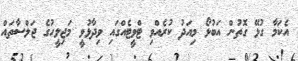
އެކަމާ ގުޅޭ ގޮތުން އަބުޅޯ މިއަދު ކުރެއްވި ޓްވީޓެއްގައި ވިދާޅުވީ މަޖިލީހުގެ ޖަލްސާތައް